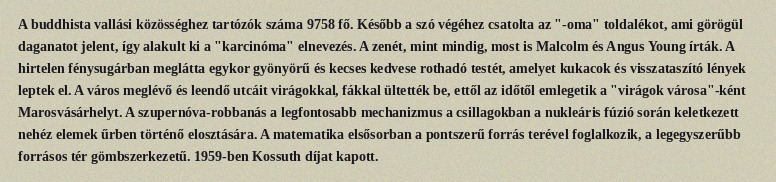
A buddhista vallási közösséghez tartózók száma 9758 fő. Később a szó végéhez csatolta az "-oma" toldalékot, ami görögül daganatot jelent, így alakult ki a "karcinóma" elnevezés. A zenét, mint mindig, most is Malcolm és Angus Young írták. A hirtelen fénysugárban meglátta egykor gyönyörű és kecses kedvese rothadó testét, amelyet kukacok és visszataszító lények leptek el. A város meglévő és leendő utcáit virágokkal, fákkal ültették be, ettől az időtől emlegetik a "virágok városa"-ként Marosvásárhelyt. A szupernóva-robbanás a legfontosabb mechanizmus a csillagokban a nukleáris fúzió során keletkezett nehéz elemek űrben történő elosztására. A matematika elsősorban a pontszerű forrás terével foglalkozik, a legegyszerűbb forrásos tér gömbszerkezetű. 1959-ben Kossuth díjat kapott.